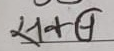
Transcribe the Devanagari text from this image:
सकछ